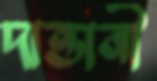
দাত্তানী